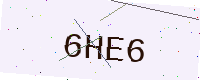
Text: 6HE6